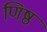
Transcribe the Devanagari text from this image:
णिष्ठ